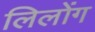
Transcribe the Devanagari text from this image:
लिलोंग